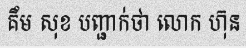
គឹម សុខ បញ្ជាក់ថា លោក ហ៊ុន